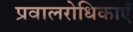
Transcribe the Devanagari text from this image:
प्रवालरोधिकाएँ